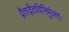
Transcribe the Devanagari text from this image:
द्वैताद्वैतविनिर्मुक्तः